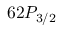
6 2 P _ { 3 / 2 }